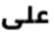
على